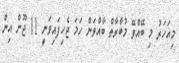
މިއަހަރު މި ބޭއްވޭ މުބާރާތް ބާއްވަން ހަމަ ޖެހިފައިވަނީ 11 ޖޫން އިން